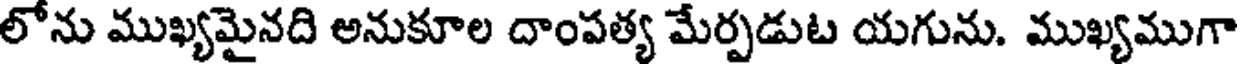
లోను ముఖ్యమైనది అనుకూల దాంపత్య మేర్పడుట యగును. ముఖ్యముగా